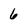
Character: 6